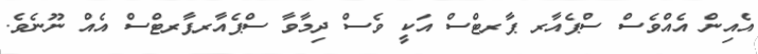
އެއިން އެއްވެސް ސްޕެއާރ ޕާރޓްސް އަކީ ވެސް ދިމާވާ ސްޕެއާރޕާރޓްސް އެއް ނޫނެވެ.